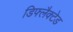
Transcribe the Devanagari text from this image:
डिफ्लैक्टेड